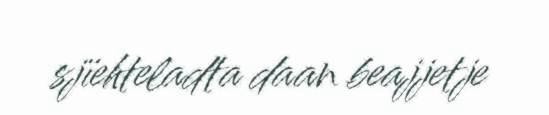
sjïehteladta daan beajjetje